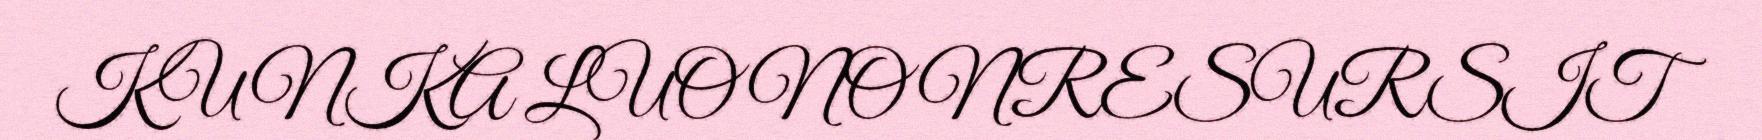
KUNKA LUONONRESURSIT